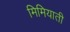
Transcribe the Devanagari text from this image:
मिमियाती